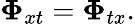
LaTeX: \mathbf{\Phi}_{xt}=\mathbf{\Phi}_{tx}.